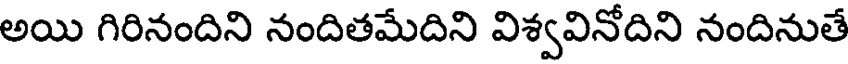
అయి గిరినందిని నందితమేదిని విశ్వవినోదిని నందినుతే